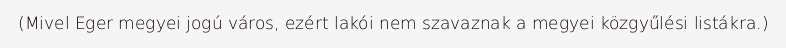
(Mivel Eger megyei jogú város, ezért lakói nem szavaznak a megyei közgyűlési listákra.)